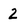
Character: 2